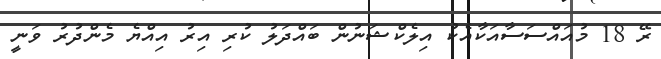
ރޭ 18 މުއައްސަސާއަކާއެކު އިލެކްޝަނުން ބައްދަލު ކުރި އިރު އިއްޔެ މެންދުރު ވަނީ